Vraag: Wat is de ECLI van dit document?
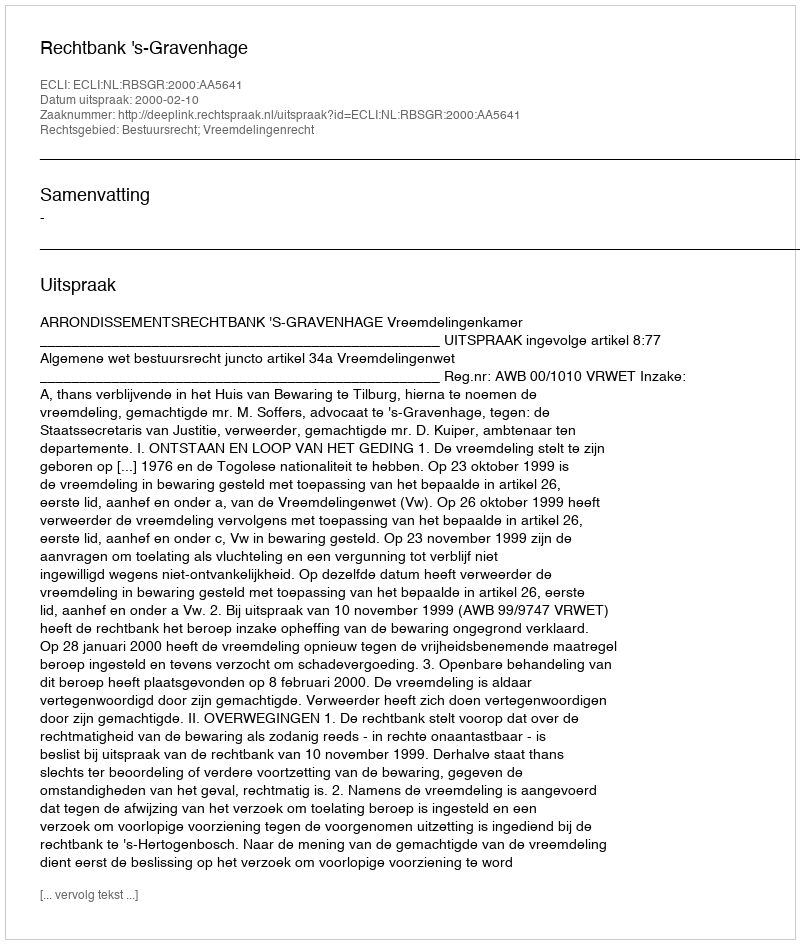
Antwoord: ECLI:NL:RBSGR:2000:AA5641